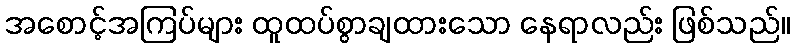
အစောင့်အကြပ်များ ထူထပ်စွာချထားသော နေရာလည်း ဖြစ်သည်။